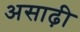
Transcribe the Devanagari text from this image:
असाढ़ी